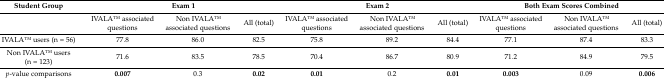
<table><thead><tr><td><b>Student Group</b></td><td colspan="3"><b>Exam 1</b></td><td colspan="3"><b>Exam 2</b></td><td colspan="3"><b>Both Exam Scores Combined</b></td></tr></thead><tbody><tr><td></td><td>IVALATM associated questions</td><td>Non IVALATM associated questions</td><td>All (total)</td><td>IVALATM associated questions</td><td>Non IVALATM associated questions</td><td>All (total)</td><td>IVALATM associated questions</td><td>Non IVALATM associated questions</td><td>All (total)</td></tr><tr><td>IVALATM users (n = 56)</td><td>77.8</td><td>86.0</td><td>82.5</td><td>75.8</td><td>89.2</td><td>84.4</td><td>77.1</td><td>87.4</td><td>83.3</td></tr><tr><td>Non IVALATM users (n = 123)</td><td>71.6</td><td>83.5</td><td>78.5</td><td>70.4</td><td>86.7</td><td>80.9</td><td>71.2</td><td>84.9</td><td>79.5</td></tr><tr><td><i>p</i>-value comparisons</td><td><b>0.007</b></td><td>0.3</td><td><b>0.02</b></td><td><b>0.01</b></td><td>0.2</td><td><b>0.01</b></td><td><b>0.003</b></td><td>0.09</td><td><b>0.006</b></td></tr></tbody></table>